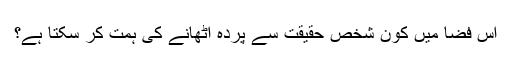
اس فضا میں کون شخص حقیقت سے پردہ اٹھانے کی ہمت کر سکتا ہے؟